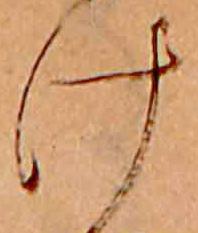
け